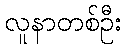
လူနာတစ်ဦး